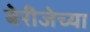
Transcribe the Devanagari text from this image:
बेरीजेच्या